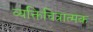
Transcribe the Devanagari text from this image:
व्यक्तिचित्रात्मक